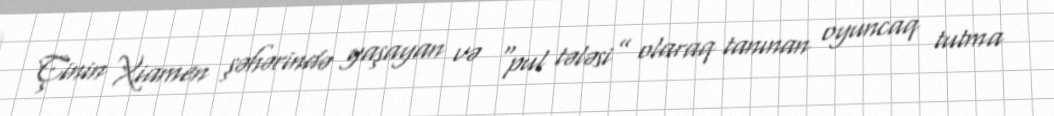
Çinin Xiamen şəhərində yaşayan və “pul tələsi” olaraq tanınan oyuncaq tutma